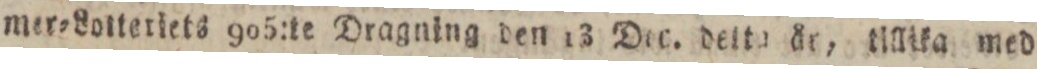
mer=Lotteriets 905:te Dragning den 13 Dec. detta år, tillika med